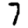
Digit: 7